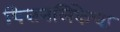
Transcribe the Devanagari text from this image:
पित्तनलिकेचा